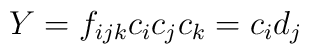
Y = f_{ijk} c_i c_j c_k = c_i d_j